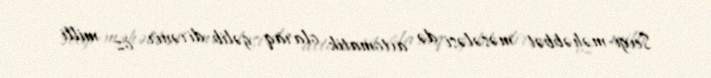
Sevgi-məhəbbət məsələsi də avtomatik olaraq gəlib dirənir öz milli